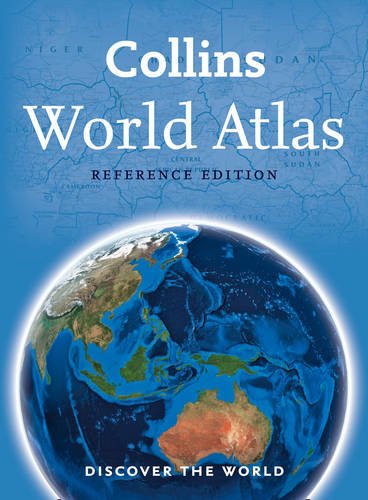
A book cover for Collins World Atlas: Reference Edition; Collins Maps; Reference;